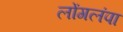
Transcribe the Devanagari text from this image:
लोंगलंपा